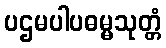
ပဌမပါပဓမ္မသုတ္တံ